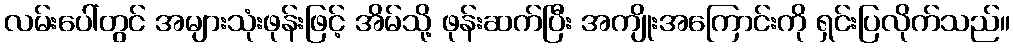
လမ်းပေါ်တွင် အများသုံးဖုန်းဖြင့် အိမ်သို့ ဖုန်းဆက်ပြီး အကျိုးအကြောင်းကို ရှင်းပြလိုက်သည်။